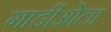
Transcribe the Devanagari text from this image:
गार्डीओला